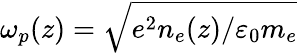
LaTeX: \omega_{p}(z)=\sqrt{e^{2}n_{e}(z)/\varepsilon_{0}m_{e}}